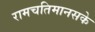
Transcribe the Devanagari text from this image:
रामचतिमानसके